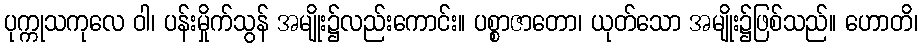
ပုက္ကုသကုလေ ဝါ၊ ပန်းမှိုက်သွန် အမျိုး၌လည်းကောင်း။ ပစ္စာဇာတော၊ ယုတ်သော အမျိုး၌ဖြစ်သည်။ ဟောတိ၊